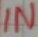
Text: IN